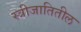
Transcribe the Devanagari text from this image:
स्त्रीजातितील